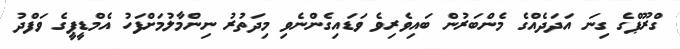
ގްރޫޕްގެ ގިނަ އަދަދެއްގެ މެންބަރުން ބައިވެރިވެ ވަޑައިގެންނެވި މިދަތުރު ނިންމާލުމަށްފަހު އެމްޑީޕީގެ ވަފްދު